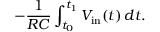
- { \frac { 1 } { R C } } \int _ { t _ { 0 } } ^ { t _ { 1 } } V _ { \mathrm { i n } } ( t ) \, d t .